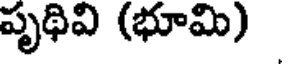
పృథివి (భూమి)